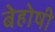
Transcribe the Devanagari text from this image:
बेहोषी